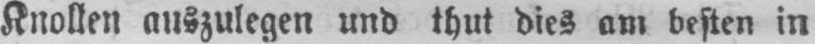
Knollen auszulegen und thut dies am besten in